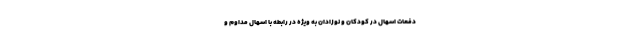
دفعات اسهال در کودکان و نوزادان به ویژه در رابطه با اسهال مداوم و